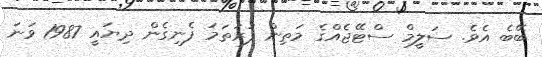
ބޭބެ އެވެ. ސަލީމް ސްޓޭޖެއްގެ މަތިން ފުރަތަމަ ފެނިގެން ދިޔައީ 1987 ވަނަ